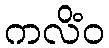
ကလိံဝ